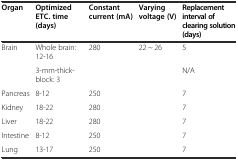
| Organ | Optimized ETC. time (days) | Constant current (mA) | Varying voltage (V) | Replacement interval of clearing solution (days) |
 | --- | --- | --- | --- | --- |
 | <ROWSPAN=2> Brain | Whole brain: 12-16 | <ROWSPAN=2> 280 | <ROWSPAN=7> 22 ~ 26 | 5 |
 | 3-mm-thick-block: 3 | N/A |
 | Pancreas | 8-12 | 250 | 7 |
 | Kidney | 18-22 | 280 | 7 |
 | Liver | 18-22 | 280 | 7 |
 | Intestine | 8-12 | 250 | 7 |
 | Lung | 13-17 | 250 | 7 |